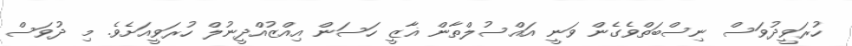
ހުރަވީދުވަސް ނިސްބަތްވެގެން ވަނީ އައްސުލްތާން ޣާޒީ ހަސަން އިއްޒުއްދީނުލް ހުރަވީއަށެވެ. މި ދުވަސް